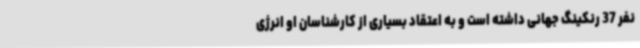
نفر 37 رنکینگ جهانی داشته است و به اعتقاد بسیاری از کارشناسان او انرژی